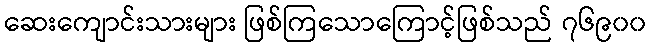
ဆေးကျောင်းသားများ ဖြစ်ကြသောကြောင့်ဖြစ်သည် ၇၆၉၀၀